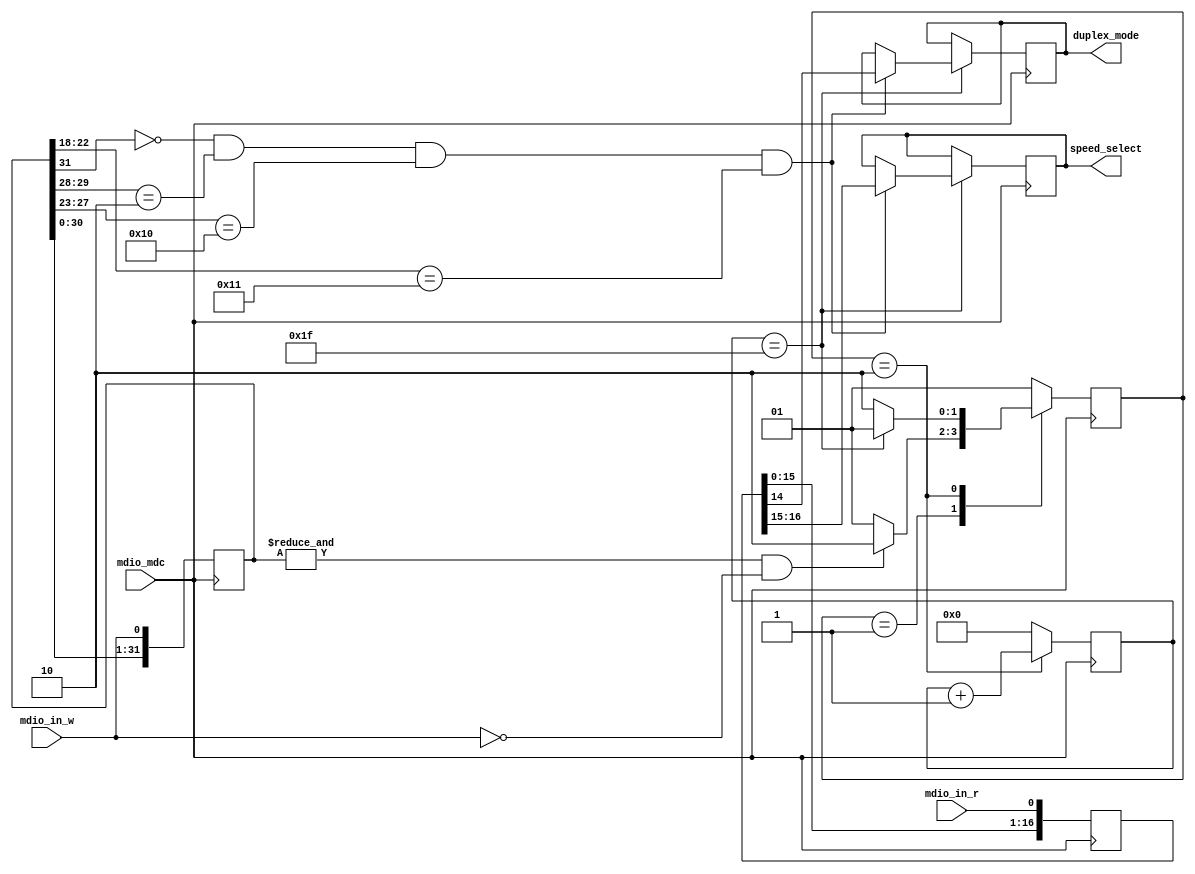
// ***************************************************************************
// ***************************************************************************
// Copyright 2011(c) Analog Devices, Inc.
//
// All rights reserved.
//
// Redistribution and use in source and binary forms, with or without modification,
// are permitted provided that the following conditions are met:
//     - Redistributions of source code must retain the above copyright
//       notice, this list of conditions and the following disclaimer.
//     - Redistributions in binary form must reproduce the above copyright
//       notice, this list of conditions and the following disclaimer in
//       the documentation and/or other materials provided with the
//       distribution.
//     - Neither the name of Analog Devices, Inc. nor the names of its
//       contributors may be used to endorse or promote products derived
//       from this software without specific prior written permission.
//     - The use of this software may or may not infringe the patent rights
//       of one or more patent holders.  This license does not release you
//       from the requirement that you obtain separate licenses from these
//       patent holders to use this software.
//     - Use of the software either in source or binary form, must be run
//       on or directly connected to an Analog Devices Inc. component.
//
// THIS SOFTWARE IS PROVIDED BY ANALOG DEVICES "AS IS" AND ANY EXPRESS OR IMPLIED WARRANTIES,
// INCLUDING, BUT NOT LIMITED TO, NON-INFRINGEMENT, MERCHANTABILITY AND FITNESS FOR A
// PARTICULAR PURPOSE ARE DISCLAIMED.
//
// IN NO EVENT SHALL ANALOG DEVICES BE LIABLE FOR ANY DIRECT, INDIRECT, INCIDENTAL, SPECIAL,
// EXEMPLARY, OR CONSEQUENTIAL DAMAGES (INCLUDING, BUT NOT LIMITED TO, INTELLECTUAL PROPERTY
// RIGHTS, PROCUREMENT OF SUBSTITUTE GOODS OR SERVICES; LOSS OF USE, DATA, OR PROFITS; OR
// BUSINESS INTERRUPTION) HOWEVER CAUSED AND ON ANY THEORY OF LIABILITY, WHETHER IN CONTRACT,
// STRICT LIABILITY, OR TORT (INCLUDING NEGLIGENCE OR OTHERWISE) ARISING IN ANY WAY OUT OF
// THE USE OF THIS SOFTWARE, EVEN IF ADVISED OF THE POSSIBILITY OF SUCH DAMAGE.
// ***************************************************************************
// ***************************************************************************

module mdc_mdio (

  mdio_mdc,
  mdio_in_w,
  mdio_in_r,

  speed_select,
  duplex_mode);

  parameter PHY_AD = 5'b10000;

  input           mdio_mdc;
  input           mdio_in_w;
  input           mdio_in_r;
  output  [ 1:0]  speed_select;
  output          duplex_mode;

  localparam IDLE     = 2'b01;
  localparam ACQUIRE  = 2'b10;

  wire        preamble;

  reg [ 1:0]  current_state = IDLE;
  reg [ 1:0]  next_state    = IDLE;
  reg [31:0]  data_in       = 32'h0;
  reg [31:0]  data_in_r     = 32'h0;
  reg [ 5:0]  data_counter  = 6'h0;
  reg [ 1:0]  speed_select  = 2'h0;
  reg         duplex_mode   = 1'h0;

  assign preamble = &data_in;

  always @(posedge mdio_mdc) begin
    current_state <= next_state;
    data_in <= {data_in[30:0], mdio_in_w};
    if (current_state == ACQUIRE) begin
      data_counter <= data_counter + 1;
    end else begin
      data_counter <= 0;
    end
    if (data_counter == 6'h1f) begin
      if (data_in[31] == 1'b0 && data_in[29:28]==2'b10 && data_in[27:23] == PHY_AD && data_in[22:18] == 5'h11) begin
        speed_select <= data_in_r[16:15] ;
        duplex_mode  <= data_in_r[14];
      end
    end
  end

  always @(negedge mdio_mdc) begin
    data_in_r <= {data_in_r[30:0], mdio_in_r};
  end

  always @(*) begin
    case (current_state)
      IDLE: begin
        if (preamble == 1 && mdio_in_w == 0) begin
          next_state <= ACQUIRE;
        end else begin
          next_state <= IDLE;
        end
      end
      ACQUIRE: begin
        if (data_counter == 6'h1f) begin
          next_state <= IDLE;
        end else begin
          next_state <= ACQUIRE;
        end
      end
      default: begin
        next_state <= IDLE;
      end
    endcase
  end

endmodule